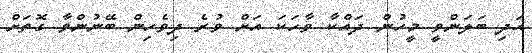
އަދި ބަލަންވީ މީހުން ދައްކާ ވާހަކަ އަށް ވުރެ ދިވެހިން ބޭނުންވާ ގޮތަށް